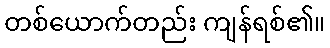
တစ်ယောက်တည်း ကျန်ရစ်၏။